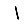
Digit: 1